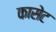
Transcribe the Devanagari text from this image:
कासेट